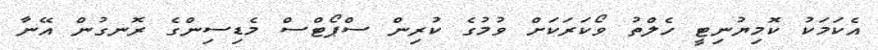
އެކަމަކު ކޮމިޔުނިޓީ ހެލްތު ވޯކަރަކަށް ވުމުގެ ކުރިން ސްޕޯޓްސް މެޑިސިންގެ ރޮނގުން އޭނާ